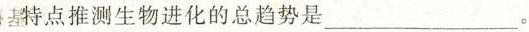
特点推测生物进化的总趋势是___。